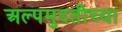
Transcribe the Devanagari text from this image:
अल्पमुदतीच्या